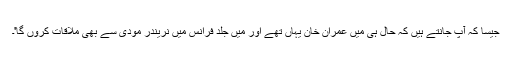
جیسا کہ آپ جانتے ہیں کہ حال ہی میں عمران خان یہاں تھے اور میں جلد فرانس میں نریندر مودی سے بھی ملاقات کروں گا'۔